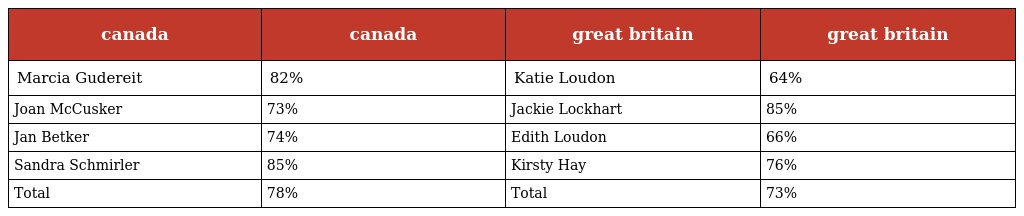
| canada | canada | great britain | great britain |
 | --- | --- | --- | --- |
 | Marcia Gudereit | 82% | Katie Loudon | 64% |
 | Joan McCusker | 73% | Jackie Lockhart | 85% |
 | Jan Betker | 74% | Edith Loudon | 66% |
 | Sandra Schmirler | 85% | Kirsty Hay | 76% |
 | Total | 78% | Total | 73% |